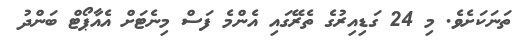
ތަނަކަށެވެ. މި 24 ގަޑިއިރުގެ ތެރޭގައި އެންމެ ފަސް މިނެޓަށް އެއާޕޯޓް ބަންދު